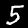
Label: 5